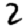
Digit: 2